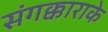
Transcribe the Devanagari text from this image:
संगक्काराके